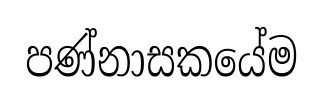
පණ්නාසකයේම